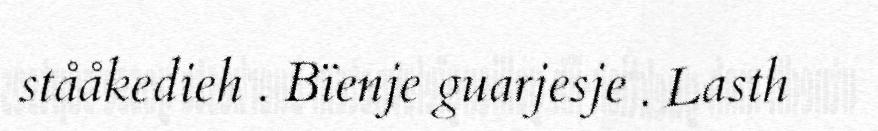
stååkedieh . Bïenje guarjesje . Lasth